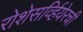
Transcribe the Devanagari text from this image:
रोशेसर्व्हियेरची